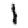
Digit: 1